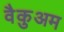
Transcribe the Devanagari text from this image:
वैकुअम